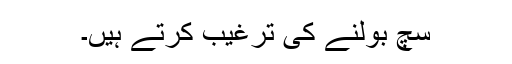
سچ بولنے کی ترغیب کرتے ہیں۔